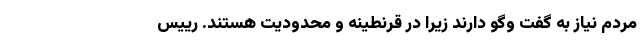
مردم نیاز به گفت وگو دارند زیرا در قرنطینه و محدودیت هستند. رییس